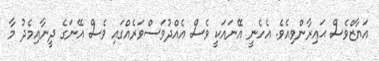
އަޔާޒްވެސް ޙައިރާންވިއެވެ. އެހެނީ އޭނައަކީ ވެސް އެއްދުވަސްވަރެއްގައި ވެސް އޭނަގެ ދީނާއިމެދު މާ